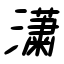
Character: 瀟